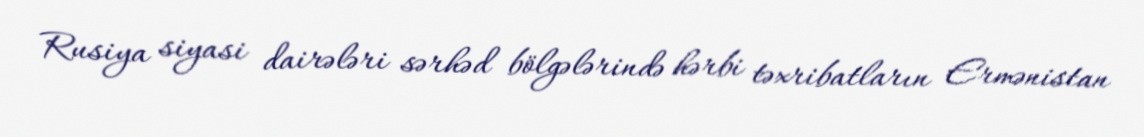
Rusiya siyasi dairələri sərhəd bölgələrində hərbi təxribatların Ermənistan